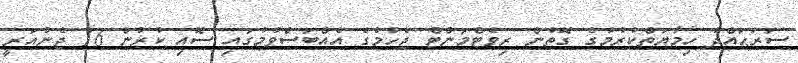
ސަރަޙައްދު ހިމާޔަތްކުރުމުގެ ގޮތުން ރިވެޓްމަންޓް ޖެހުމުގެ އެއްބަސްވުމުގައި ސޮއި ކުރުން 16 ޖެނުއަރީ